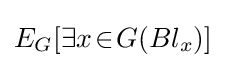
E_{G}[\exists x\!\in \!G(Bl_{x})]